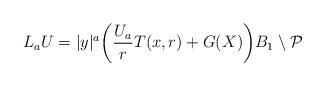
LaTeX: \begin{align*}L_a U = |y|^a\bigg(\frac{U_a}{r} T(x,r) + G(X)\bigg) B_1 \setminus \mathcal{P}\end{align*}